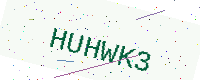
Text: HUHWK3